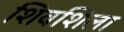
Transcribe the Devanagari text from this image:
शिवशिला